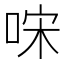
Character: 𠳼